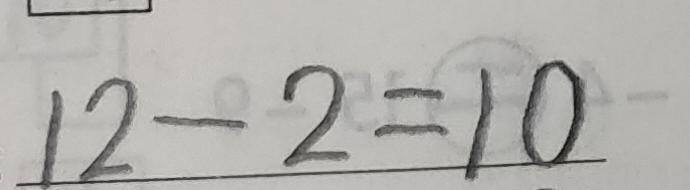
1 2 - 2 = 1 0